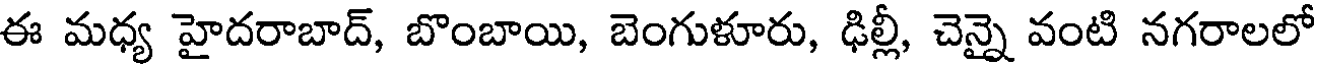
ఈ మధ్య హైదరాబాద్, బొంబాయి, బెంగుళూరు, ఢిల్లీ, చెన్నై వంటి నగరాలలో